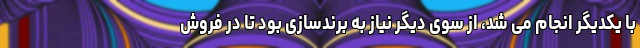
با یکدیگر انجام می شد، از سوی دیگر نیاز به برندسازی بود تا در فروش